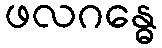
ဖလဂန္ဓေ